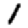
Digit: 1